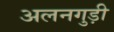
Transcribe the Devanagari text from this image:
अलनगुड़ी